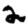
Digit: 2